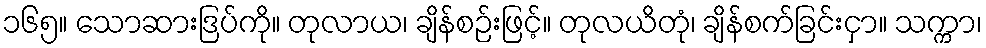
၁၆၅။ သောဆားဒြပ်ကို။ တုလာယ၊ ချိန်စဉ်းဖြင့်။ တုလယိတုံ၊ ချိန်စက်ခြင်းငှာ။ သက္ကာ၊